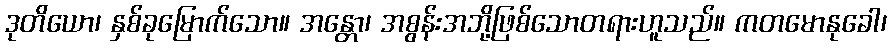
ဒုတိယော၊ နှစ်ခုမြောက်သော။ အန္တော၊ အစွန်းအဘို့ဖြစ်သောတရားဟူသည်။ ကတမောနုခေါ၊